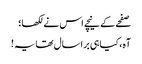
صفحے کے نیچے اس نے لکھا؛
آہ، کیا ہی برا سال تھا یہ !